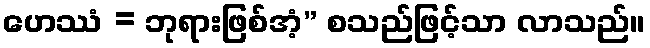
ဟေဿံ = ဘုရားဖြစ်အံ့” စသည်ဖြင့်သာ လာသည်။